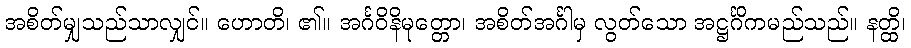
အစိတ်မျှသည်သာလျှင်။ ဟောတိ၊ ၏။ အင်္ဂဝိနိမုတ္တော၊ အစိတ်အင်္ဂါမှ လွတ်သော အဋ္ဌင်္ဂိကမည်သည်။ နတ္ထိ၊